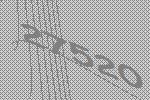
27520